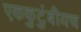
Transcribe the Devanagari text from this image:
एककुटुंबीयच